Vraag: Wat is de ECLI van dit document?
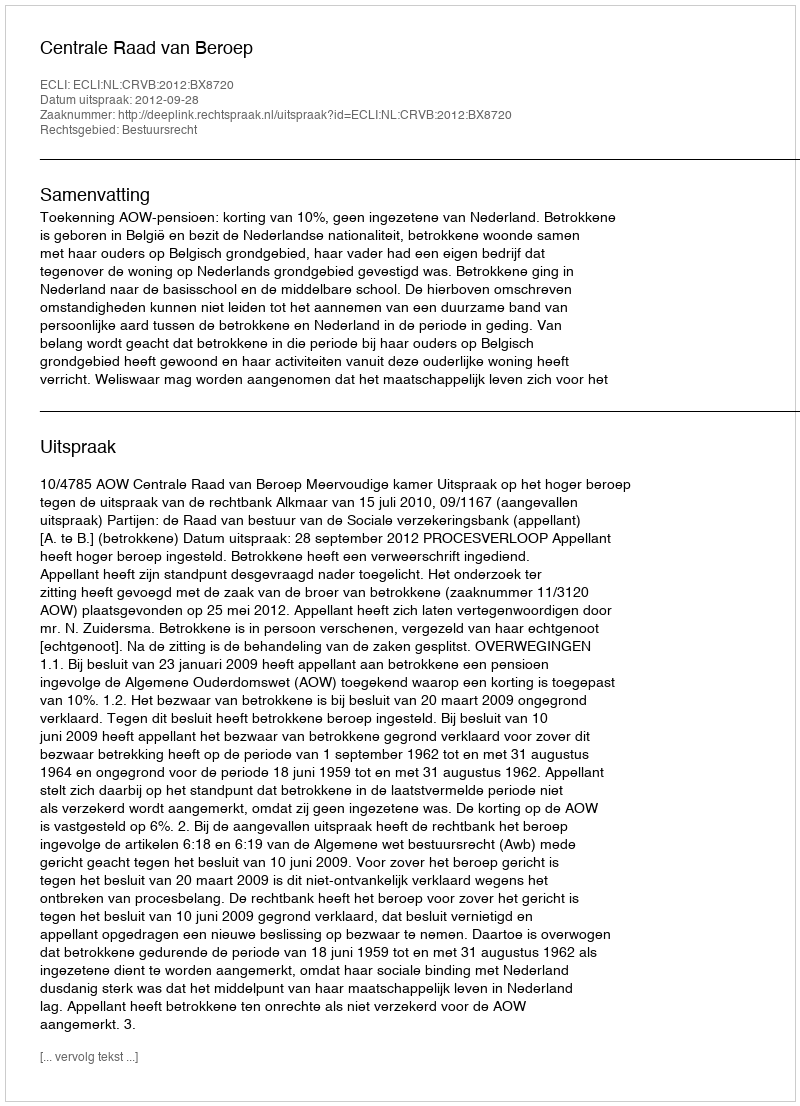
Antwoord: ECLI:NL:CRVB:2012:BX8720